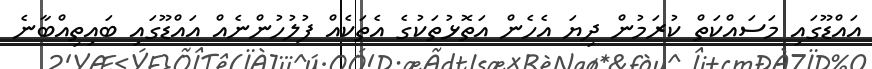
އައްޑޫގައި މަސައްކަތް ކުރަމުން ދިޔަ އެހެން އަތޮޅުތަކުގެ އެތަކެއް ފުލުހުންނެއް އައްޑޫގައި ބައިތިއްބާނެ